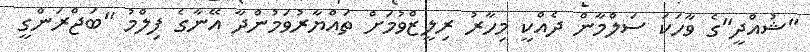
"ޝުއްދީ"ގެ ވާހަކަ ސަލްމާން ދެއްކީ މިހާރު ރިލީޒްވުމަށް ތައްޔާރުވަމުންދާ އޭނާގެ ފިލްމު "ބަޖްރަންގީ